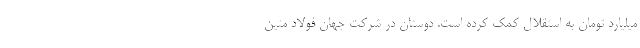
میلیارد تومان به استقلال کمک کرده است. دوستان در شرکت جهان فولاد متین